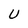
Character: U